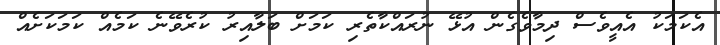
އެކަމަކު އެއީވެސް ދިމާވެގެން އުޅޭ ނުރައްކާތެރި ކަމަށް ބަލާއިރު ކުރެވޭނެ ކަމެއް ކަމަކަށެއް